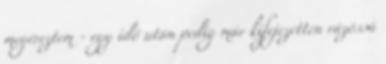
megéreztem - egy idő után pedig már kifejezetten rázóssá